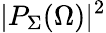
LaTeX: |P_{\Sigma}(\Omega)|^{2}